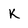
Character: k